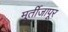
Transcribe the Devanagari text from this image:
मूर्तीजापूर